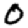
Digit: 0